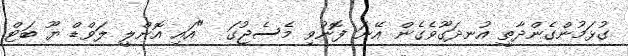
ގުޅަމުންގެންދާތީ އުނދަގޫވެގެން އޭނަ ފޮނުވި މެސެޖުގަ  "އައި އޮންލީ ލަވްޑް ޔޫ ބަޓް